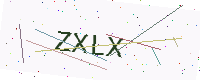
Text: ZXLX